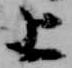
上